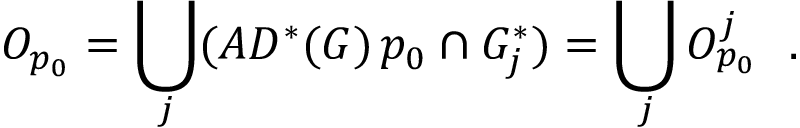
O _ { p _ { 0 } } = \bigcup _ { j } ( A D ^ { * } ( G ) \, p _ { 0 } \cap G _ { j } ^ { * } ) = \bigcup _ { j } O _ { p _ { 0 } } ^ { j } \ \ .